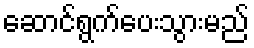
ဆောင်ရွက်ပေးသွားမည်